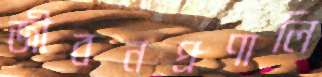
জীবনপ্রণালি